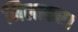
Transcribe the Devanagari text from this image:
मिलाकर।